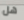
هل